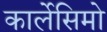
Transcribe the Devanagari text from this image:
कार्लेसिमो